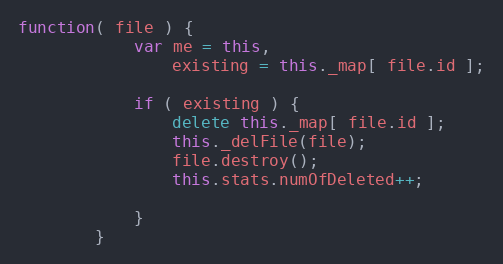
Language: JavaScript
function( file ) {
            var me = this,
                existing = this._map[ file.id ];

            if ( existing ) {
                delete this._map[ file.id ];
                this._delFile(file);
                file.destroy();
                this.stats.numOfDeleted++;

            }
        }